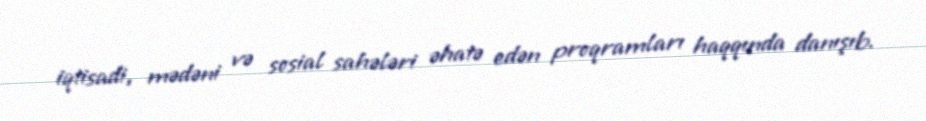
iqtisadi, mədəni və sosial sahələri əhatə edən proqramları haqqında danışıb.